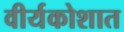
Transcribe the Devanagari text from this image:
वीर्यकोशात